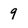
Character: 9